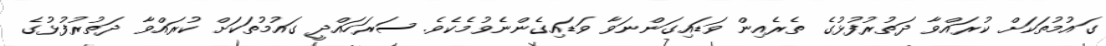
ގައުމުތަކަށް ކުރައްވާ ދަތުރުފުޅުގެ ތެރެއިން ވަޑައިގަންނަވާ ވަޑައިގެންނެވުމެކެވެ. ސަރަހައްދީ ގައުމުތަކަށް ކުރައްވާ ދަތުރުފުޅުގެ